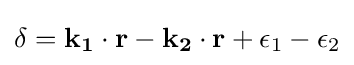
\delta =\mathbf {k_{1}\cdot r-k_{2}\cdot r} +\epsilon _{1}-\epsilon _{2}